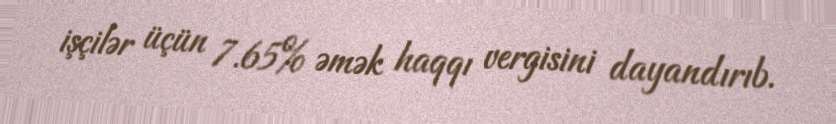
işçilər üçün 7.65% əmək haqqı vergisini dayandırıb.